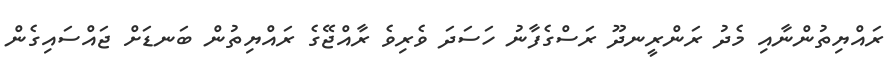
ރައްޔިތުންނާއި މެދު ރަންރީނދޫ ރަސްގެފާނު ހަސަދަ ވެރިވެ ރާއްޖޭގެ ރައްޔިތުން ބަނޑަަށް ޖައްސައިގެން